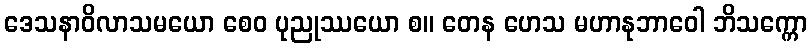
ဒေသနာဝိလာသမယော စေဝ ပုညုဿယော စ။ တေန ဟေသ မဟာနုဘာဝေါ ဘိသက္ကော